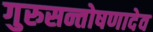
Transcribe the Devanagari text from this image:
गुरुसन्तोषणादेव